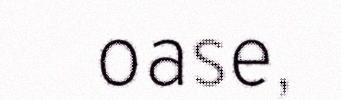
oase,